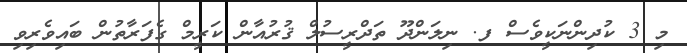
މި 3 ކުދިންނަކީވެސް ފ. ނިލަންދޫ ތަދްރީސުލް ޤުރުއާން ކަރީމް ގެފަރާތުން ބައިވެރިވި